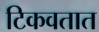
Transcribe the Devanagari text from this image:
टिकवतात